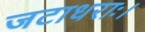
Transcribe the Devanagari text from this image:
जटाधराः।